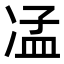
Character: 𠗠